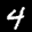
Label: 4